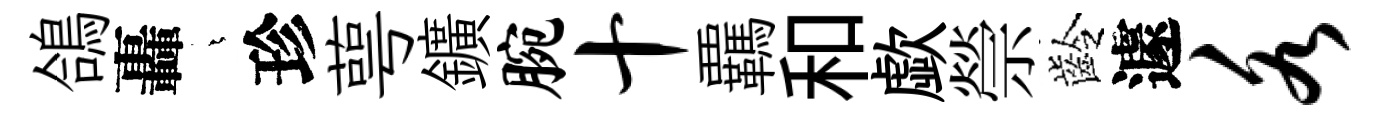
鴿轟燁珍萼鑛腕十覊和歔禜齡遽各